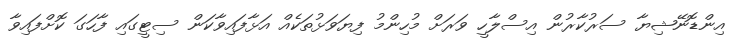
އިންޑޮނޭޝިޔާ ސަރުކާރުން އިސްލާހީ ވަރަށް މުހިންމު ފިޔަވަޅުތަކެއް އަޅާފައިވާކަން ސިޓީގައި ފާހަގަ ކޮށްފައިވާ